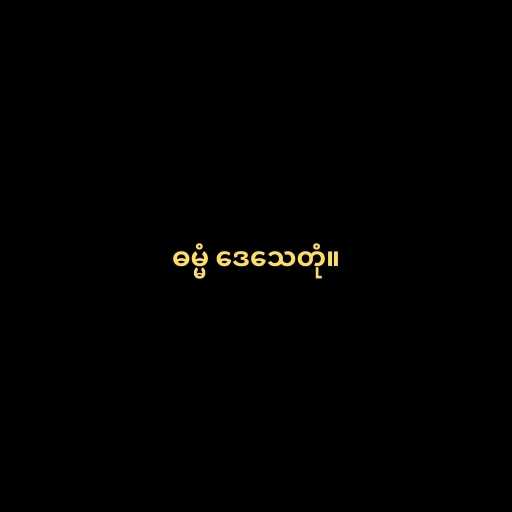
ဓမ္မံ ဒေသေတုံ။